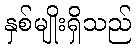
နှစ်မျိုးရှိသည်